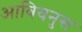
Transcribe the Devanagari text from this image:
आवियनुस